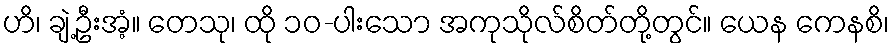
ဟိ၊ ချဲ့ဦးအံ့။ တေသု၊ ထို ၁၀-ပါးသော အကုသိုလ်စိတ်တို့တွင်။ ယေန ကေနစိ၊